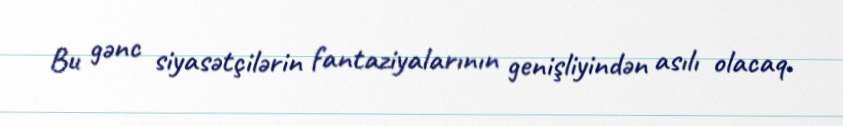
Bu gənc siyasətçilərin fantaziyalarının genişliyindən asılı olacaq.